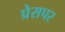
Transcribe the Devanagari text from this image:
प्रेसपर